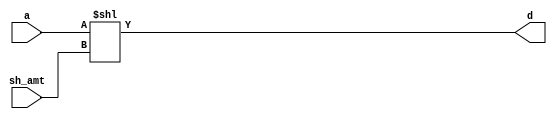
module SHL#(parameter WIDTH = 2)(a, sh_amt, d);
	
	input [WIDTH-1:0] a, sh_amt;
    output reg [WIDTH-1:0] d;

    always @(a, sh_amt) begin
		d <= a<<sh_amt;
    end

endmodule

// SHL needs to be tested